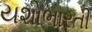
યશોભારતી